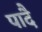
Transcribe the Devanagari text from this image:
पादै